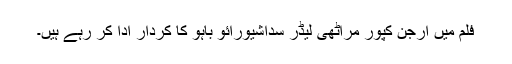
فلم میں ارجن کپور مراٹھی لیڈر سداشیورائو باہو کا کردار ادا کر رہے ہیں۔